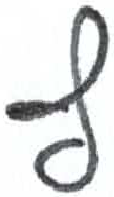
אות: ץ